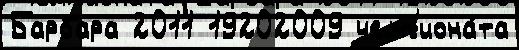
Барбара 2011 19202009 чемп'иона́та